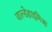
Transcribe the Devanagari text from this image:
वाल्डेहाइमिआ